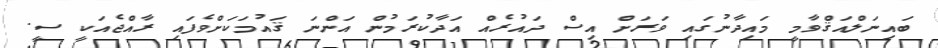
ބައިނަލްއަޤްވާމީ މައިދާނުގައި ވަރަށް އިސް ދައުރެއް އަދާކުރަމުން އަންނަ ޤައުމަކަށްވެފައި ރާއްޖެއަކީ ސީ.